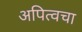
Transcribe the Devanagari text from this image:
अपित्वचा